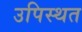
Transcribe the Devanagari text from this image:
उपिस्थत